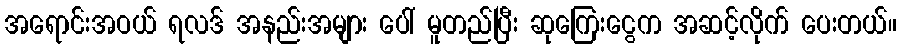
အရောင်းအဝယ် ရလဒ် အနည်းအများ ပေါ် မူတည်ပြီး ဆုကြေးငွေက အဆင့်လိုက် ပေးတယ်။